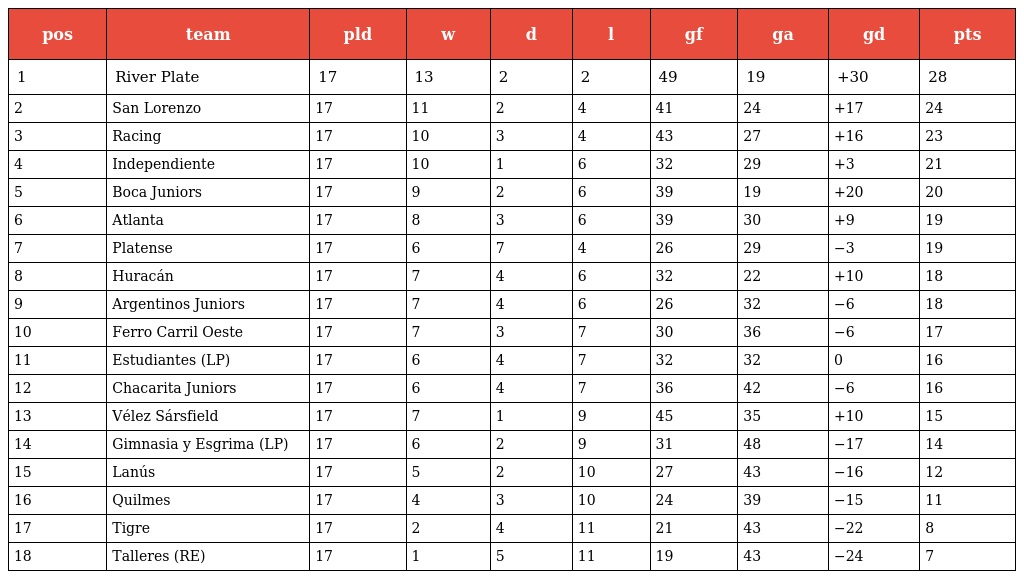
| pos | team | pld | w | d | l | gf | ga | gd | pts |
 | --- | --- | --- | --- | --- | --- | --- | --- | --- | --- |
 | 1 | River Plate | 17 | 13 | 2 | 2 | 49 | 19 | +30 | 28 |
 | 2 | San Lorenzo | 17 | 11 | 2 | 4 | 41 | 24 | +17 | 24 |
 | 3 | Racing | 17 | 10 | 3 | 4 | 43 | 27 | +16 | 23 |
 | 4 | Independiente | 17 | 10 | 1 | 6 | 32 | 29 | +3 | 21 |
 | 5 | Boca Juniors | 17 | 9 | 2 | 6 | 39 | 19 | +20 | 20 |
 | 6 | Atlanta | 17 | 8 | 3 | 6 | 39 | 30 | +9 | 19 |
 | 7 | Platense | 17 | 6 | 7 | 4 | 26 | 29 | −3 | 19 |
 | 8 | Huracán | 17 | 7 | 4 | 6 | 32 | 22 | +10 | 18 |
 | 9 | Argentinos Juniors | 17 | 7 | 4 | 6 | 26 | 32 | −6 | 18 |
 | 10 | Ferro Carril Oeste | 17 | 7 | 3 | 7 | 30 | 36 | −6 | 17 |
 | 11 | Estudiantes (LP) | 17 | 6 | 4 | 7 | 32 | 32 | 0 | 16 |
 | 12 | Chacarita Juniors | 17 | 6 | 4 | 7 | 36 | 42 | −6 | 16 |
 | 13 | Vélez Sársfield | 17 | 7 | 1 | 9 | 45 | 35 | +10 | 15 |
 | 14 | Gimnasia y Esgrima (LP) | 17 | 6 | 2 | 9 | 31 | 48 | −17 | 14 |
 | 15 | Lanús | 17 | 5 | 2 | 10 | 27 | 43 | −16 | 12 |
 | 16 | Quilmes | 17 | 4 | 3 | 10 | 24 | 39 | −15 | 11 |
 | 17 | Tigre | 17 | 2 | 4 | 11 | 21 | 43 | −22 | 8 |
 | 18 | Talleres (RE) | 17 | 1 | 5 | 11 | 19 | 43 | −24 | 7 |